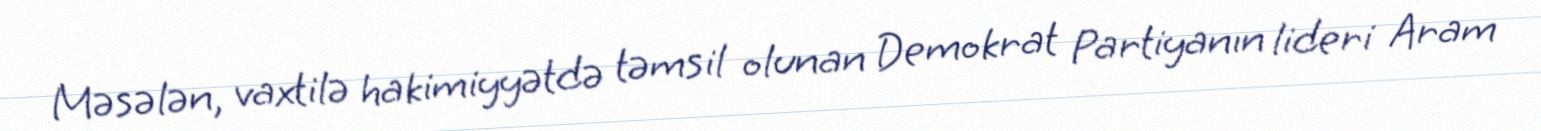
Məsələn, vaxtilə hakimiyyətdə təmsil olunan Demokrat Partiyanın lideri Aram